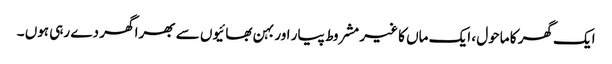
ایک گھر کا ماحول ، ایک ماں کا غیر مشروط پیار اور بہن بھائیوں سے بھرا گھر دے رہی ہوں ۔